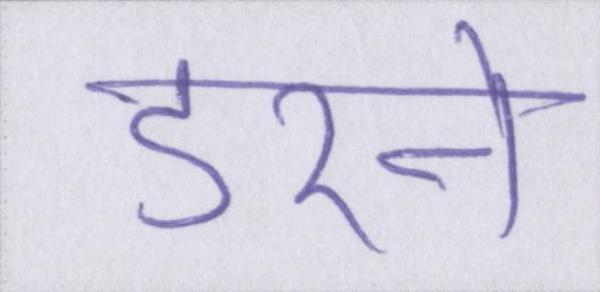
डरने